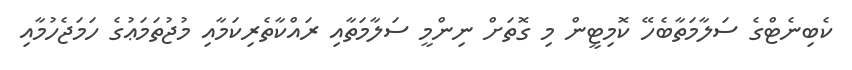
ކެބިނެޓްގެ ސަލާމަތާބެހޭ ކޮމިޓީން މި ގޮތަށް ނިންމީ ސަލާމަތާއި ރައްކާތެރިކަމާއި މުޖުތަމަޢުގެ ހަމަޖެހުމާއި